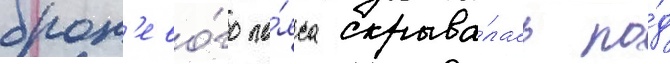
брон'ево́го по́яса скрыва́лась по́д